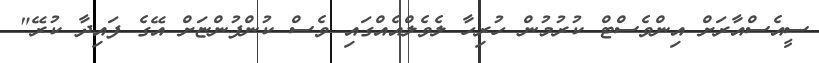
ސީއެސްއާރަށް އިންވެސްޓް ކުރުމުން ހުރިހާ ލެވެލްއެއްގައި ވެސް ކުންފުންޏަށް އޭގެ ފައިދާ ކުރޭ"